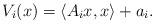
LaTeX: \begin{align*} V_i(x)=\langle A_ix,x\rangle+a_i.\end{align*}